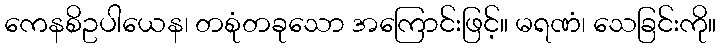
ကေနစိဥပါယေန၊ တစုံတခုသော အကြောင်းဖြင့်။ မရဏံ၊ သေခြင်းကို။